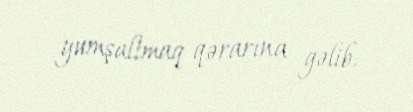
yumşaltmaq qərarına gəlib.